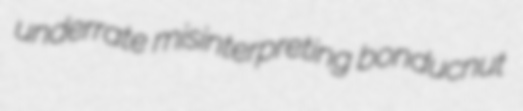
underrate misinterpreting bonducnut